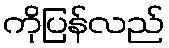
ကိုပြန်လည်